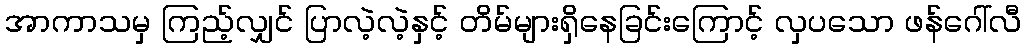
အာကာသမှ ကြည့်လျှင် ပြာလဲ့လဲ့နှင့် တိမ်များရှိနေခြင်းကြောင့် လှပသော ဖန်ဂေါ်လီ